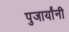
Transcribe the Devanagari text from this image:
पुजार्यांनी